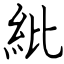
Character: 紕